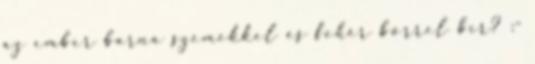
az ember barna szemekkel és fehér bőrrel bír? :-